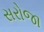
સરોજા